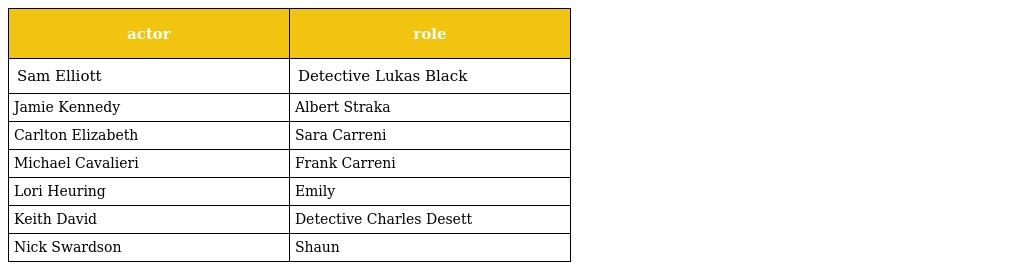
| actor | role |
 | --- | --- |
 | Sam Elliott | Detective Lukas Black |
 | Jamie Kennedy | Albert Straka |
 | Carlton Elizabeth | Sara Carreni |
 | Michael Cavalieri | Frank Carreni |
 | Lori Heuring | Emily |
 | Keith David | Detective Charles Desett |
 | Nick Swardson | Shaun |